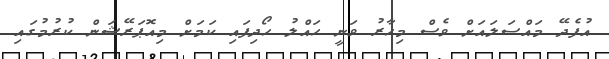
އުފެދޭ މައްސަލައަށް ވެސް މިހާރު ވަނީ ހައްލު ހޯދިފައި ކަމަށް މިއޮޕަރޭޝަން ކުރުމުގައި